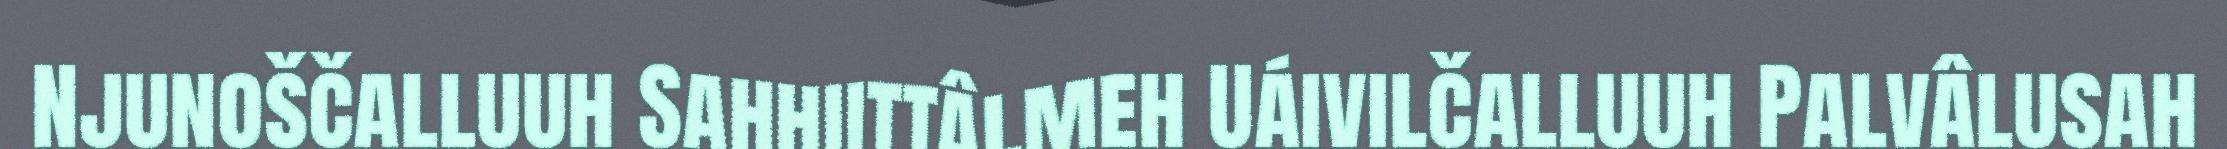
Njunoščalluuh Sahhiittâlmeh Uáivilčalluuh Palvâlusah